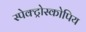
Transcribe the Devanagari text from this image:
स्पेक्ट्रोस्कोपिय